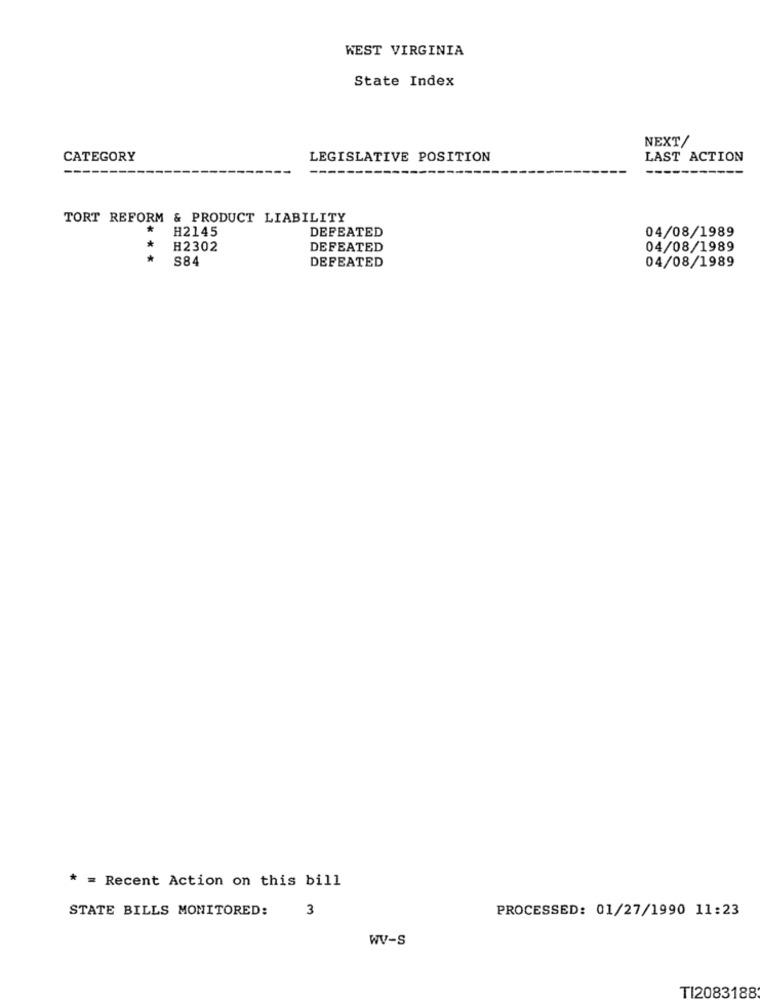
WEST VIRGINIA
State Index
NEXT/
CATEGORY
LEGISLATIVE POSITION
LAST ACTION
TORT REFORM & PRODUCT LIABILITY
*
H2145
DEFEATED
04/08/1989
H2302
DEFEATED
04/08/1989
* *
S84
DEFEATED
04/08/1989
* = Recent Action on this bill
STATE BILLS MONITORED:
3
PROCESSED: 01/27/1990 11:23
WV-s
TI2083188